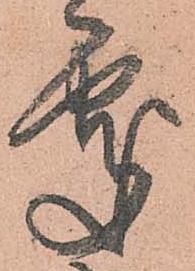
處